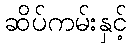
ဆိပ်ကမ်းနှင့်